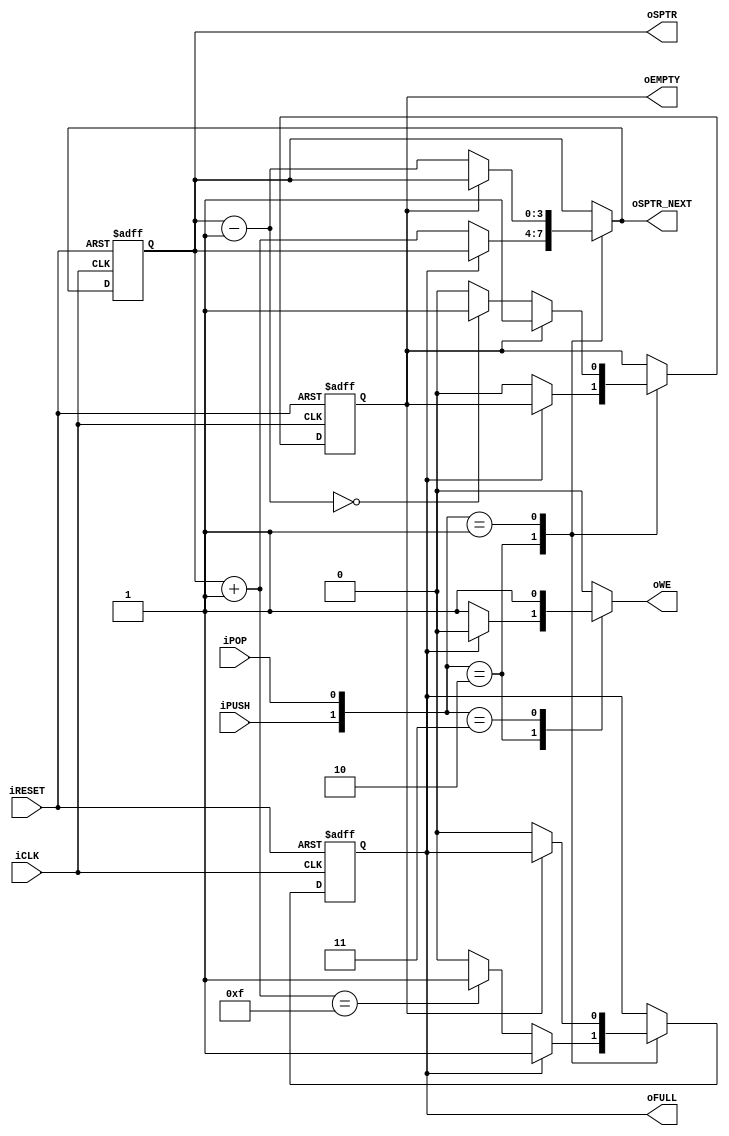
module stack_ctrl
	#(
		parameter ADDR_WIDTH = 4
	)
	(
		input wire iCLK, iRESET,
		input wire iPUSH, iPOP,
		output wire oFULL, oEMPTY, oWE,
		output wire [ADDR_WIDTH-1:0] oSPTR, oSPTR_NEXT
	);

	reg full_reg, full_next, empty_reg, empty_next, wr_en_next;
	reg [ADDR_WIDTH-1:0] stack_ptr_reg, stack_ptr_next;
	reg [ADDR_WIDTH-1:0] stack_ptr_succ, stack_ptr_prev;

	always @(posedge iCLK, posedge iRESET)
		if (iRESET)
			begin
				full_reg <= 1'b0;
				empty_reg <= 1'b1;
				stack_ptr_reg <= ADDR_WIDTH**2 - 1;	// first write on addr + 1 = 0
			end
		else
			begin
				full_reg <= full_next;
				empty_reg <= empty_next;
				stack_ptr_reg <= stack_ptr_next;
			end

	always @*
	begin
		full_next = full_reg;
		empty_next = empty_reg;
		stack_ptr_next = stack_ptr_reg;
		wr_en_next = 1'b0;

		stack_ptr_succ = stack_ptr_reg + 1;
		stack_ptr_prev = stack_ptr_reg - 1;

		case({iPUSH, iPOP})
			// 2'b00 : do nothing
			2'b10 : 
				if (~full_reg)
					begin
						wr_en_next = 1'b1;
						empty_next = 1'b0;
						stack_ptr_next = stack_ptr_succ;

						if (stack_ptr_succ == ADDR_WIDTH**2 - 1)
							full_next = 1'b1;
					end
			2'b01 :
				if (~empty_reg)
					begin
						full_next = 1'b0;
						stack_ptr_next = stack_ptr_prev;
						
						if (stack_ptr_prev == 0)
							empty_next = 1'b1;
					end
			2'b11:
				wr_en_next= 1'b1;
		endcase
	end

	assign oFULL = full_reg;
	assign oEMPTY = empty_reg;
	assign oWE = wr_en_next;
	assign oSPTR = stack_ptr_reg;
	assign oSPTR_NEXT = stack_ptr_next;
endmodule